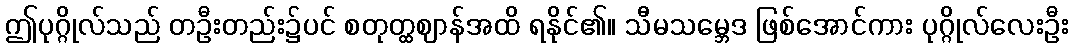
ဤပုဂ္ဂိုလ်သည် တဦးတည်း၌ပင် စတုတ္ထဈာန်အထိ ရနိုင်၏။ သီမသမ္ဘေဒ ဖြစ်အောင်ကား ပုဂ္ဂိုလ်လေးဦး